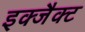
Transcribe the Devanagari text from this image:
इक्जैक्ट